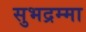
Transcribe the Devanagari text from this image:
सुभद्रम्मा